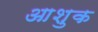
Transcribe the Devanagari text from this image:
आशुक